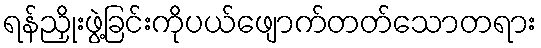
ရန်ညှိုးဖွဲ့ခြင်းကိုပယ်ဖျောက်တတ်သောတရား